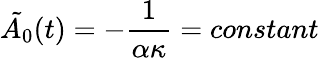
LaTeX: \tilde{A_{0}}(t)=-\frac{1}{\alpha\kappa}=constant